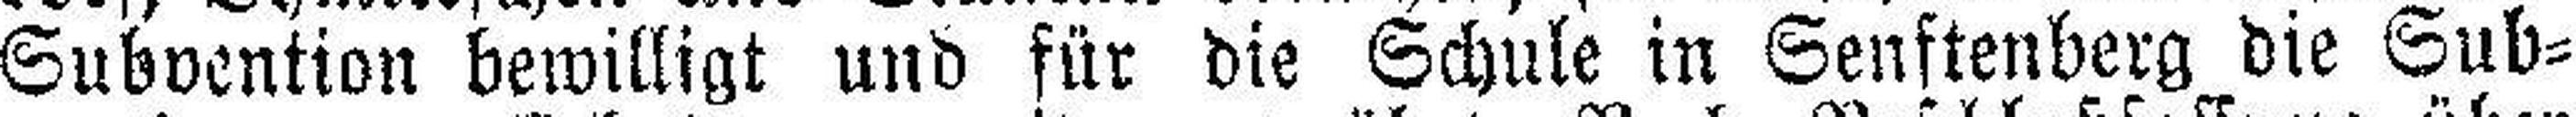
Subvention bewilligt und für die Schule in Senftenberg die Sub¬